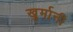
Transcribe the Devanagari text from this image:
खुर्मानी